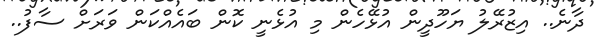
ދާނެ.. އިޒުރޭލު ޔަހޫދީން އުޅޭހެން މި އުޅެނީ ކޮން ބައެއްކަން ވަރަށް ސާފު..